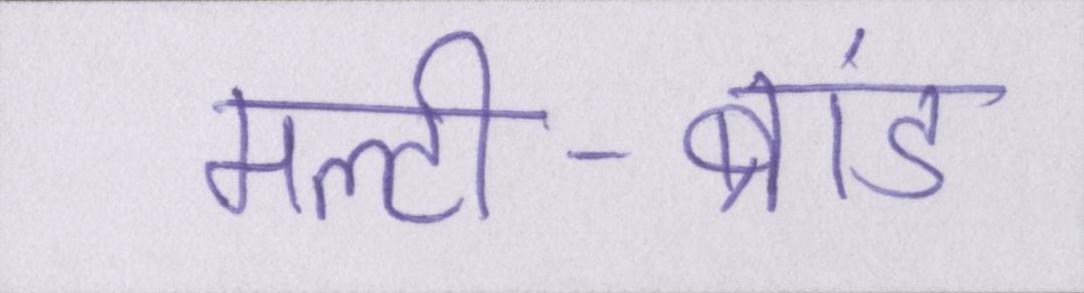
मल्टी-ब्रांड